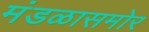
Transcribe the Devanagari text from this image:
मंडळासमोर